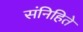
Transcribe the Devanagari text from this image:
संनिहिते